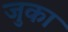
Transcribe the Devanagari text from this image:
जुका